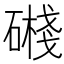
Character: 𥖔